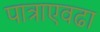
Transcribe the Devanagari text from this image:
पात्राएवढा